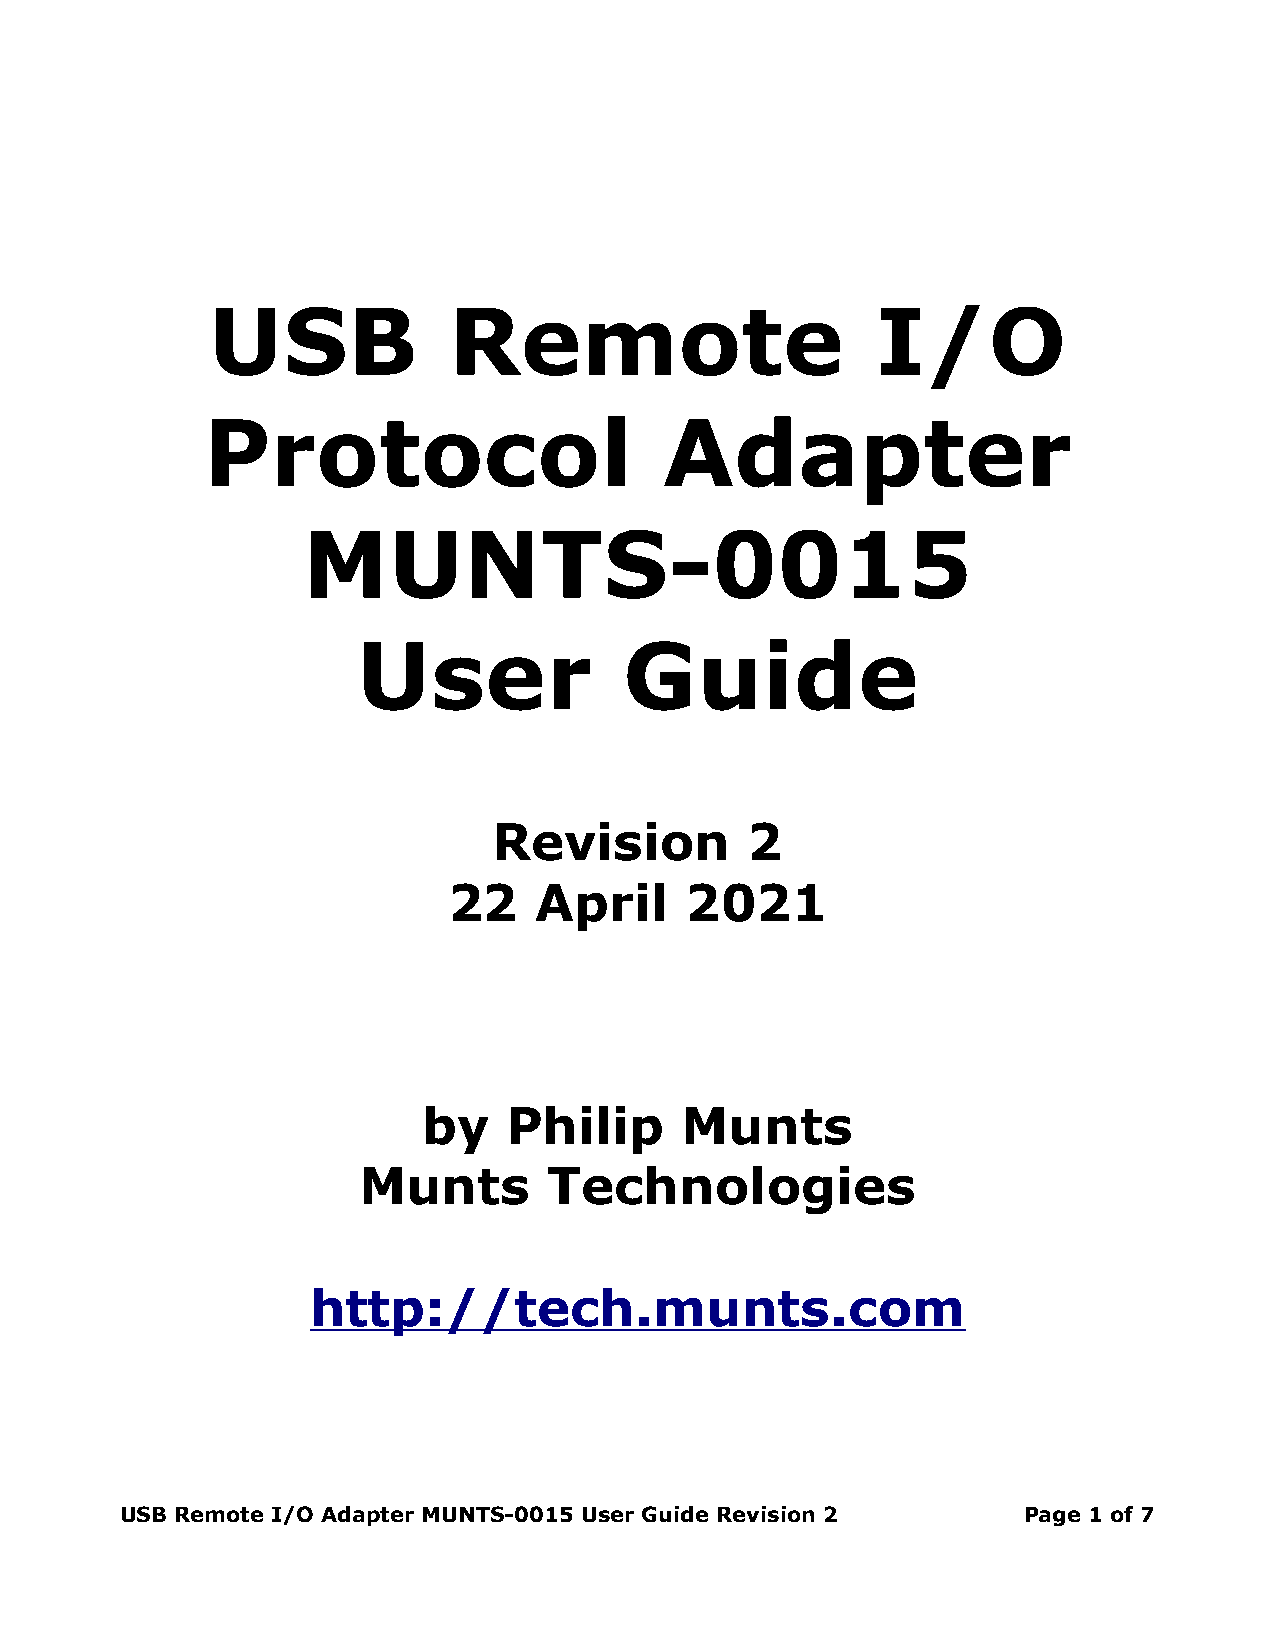
USB             Remote                      I/O
 Protocol                       Adapter
 MUNTS-0015
 User             Guide
 Revision        2
 22   April     2021
 by    Philip     Munts
 Munts       Technologies
 http://tech.munts.com
 USB Remote I/O Adapter MUNTS-0015 User Guide Revision 2     Page 1 of 7